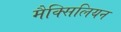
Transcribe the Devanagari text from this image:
मैक्सिलियन